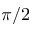
\pi / 2